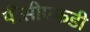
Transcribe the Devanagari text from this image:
पीसीएफडी